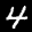
Label: 4